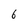
Character: 6